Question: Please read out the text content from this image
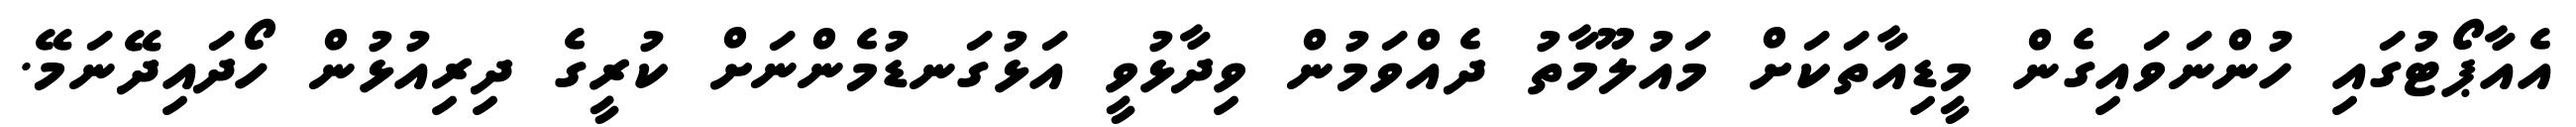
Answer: އެއާޕޯޓުގައި ހުންނަވައިގެން މީޑިއާތަކަށް މައުލޫމާތު ދެއްވަމުން ވިދާޅުވީ އަޅުގަނޑުމެންނަށް ކުރީގެ ދިރިއުޅުން ހޯދައިދޭނަމޭ.